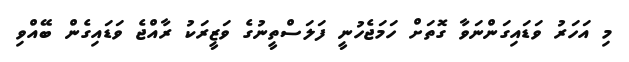
މި އަހަރު ވަޑައިގަންނަވާ ގޮތަށް ހަމަޖެހުނީ ފަލަސްތީނުގެ ވަޒީރަކު ރާއްޖެ ވަޑައިގެން ބޭއްވި